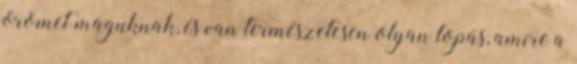
örömet maguknak, és van természetesen olyan lopás, amire a